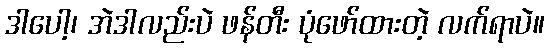
ဒါပေါ့၊ အဲဒါလည်းပဲ ဖန်တီး ပုံဖော်ထားတဲ့ လက်ရာပဲ။